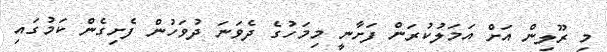
މި ރޫލިން އަށް އަމަލުކުރަން ފަށާނީ މިމަހުގެ ދެވަނަ ދުވަހުން ފެށިގެން ކަމުގައި